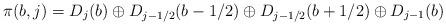
LaTeX: \begin{align*}\pi(b,j) = D_j(b) \oplus D_{j-1/2}(b-1/2) \oplus D_{j-1/2}(b+1/2)\oplus D_{j-1}(b)\end{align*}